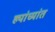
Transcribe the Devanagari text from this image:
ह्यांच्यांत